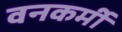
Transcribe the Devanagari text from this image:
वनकर्मी